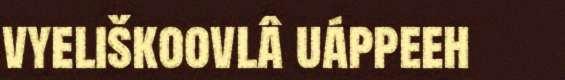
vyeliškoovlâ uáppeeh